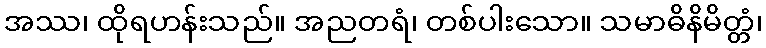
အဿ၊ ထိုရဟန်းသည်။ အညတရံ၊ တစ်ပါးသော။ သမာဓိနိမိတ္တံ၊